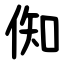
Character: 倁